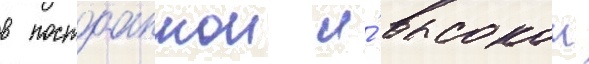
в постоаннои и́ высокои